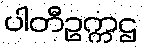
ပါတီဥက္ကဌ